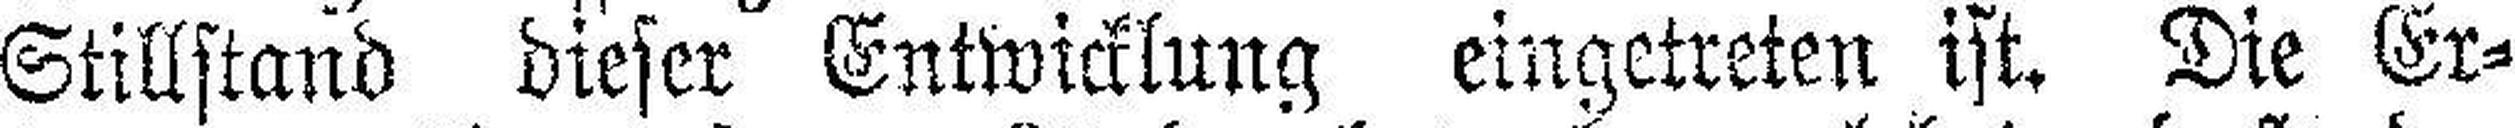
Stillstand dieser Entwicklung eingetreten ist. Die Er¬